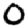
Digit: 0